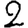
Digit: 2